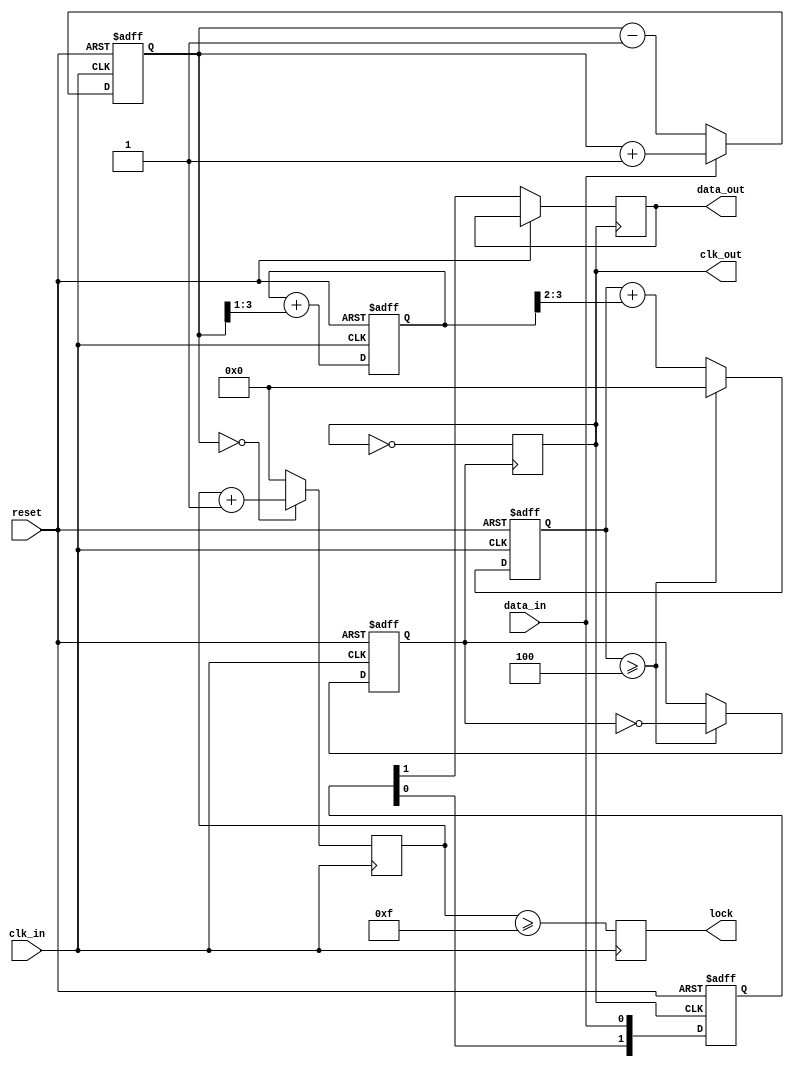
module pll_synchronizer (
    input wire clk_in,           // Incoming clock
    input wire data_in,          // Incoming data signal
    input wire reset,            // Asynchronous reset
    output reg clk_out,          // Synchronized clock output
    output reg data_out,         // Synchronized data output
    output reg lock              // Lock signal
);

// Parameters
parameter integer DIV_FACTOR = 4; // Clock divider factor
parameter integer NUM_STAGES = 2;  // Number of synchronizer stages

// Internal signals
reg [3:0] phase_error;            // Phase error signal
reg [3:0] control_signal;         // Control signal for VCO
reg vco_clk;                      // VCO output clock
reg [3:0] vco_freq;               // VCO frequency value
reg [3:0] lock_counter;           // Counter for lock detection
reg [NUM_STAGES-1:0] data_sync;   // Data synchronizer

// Phase Detector
always @(posedge clk_in or posedge reset) begin
    if (reset) begin
        phase_error <= 0;
    end else begin
        // Simple phase detector logic (e.g. pulse width measurement)
        phase_error <= data_in ? phase_error + 1 : phase_error - 1;
    end
end

// Loop Filter
always @(posedge clk_in or posedge reset) begin
    if (reset) begin
        control_signal <= 0;
    end else begin
        // Simple low-pass filter (1st order)
        control_signal <= control_signal + (phase_error >> 1); // filter parameter
    end
end

// Voltage-Controlled Oscillator (VCO)
always @(posedge clk_in or posedge reset) begin
    if (reset) begin
        vco_freq <= 4'b0001; // Initial frequency
        vco_clk <= 0;
    end else begin
        // Adjust VCO frequency based on control signal
        vco_freq <= vco_freq + (control_signal[3:0] >> 2); // tuning logic
        if (vco_freq >= DIV_FACTOR) begin
            vco_freq <= 0;
            vco_clk <= ~vco_clk; // Toggle VCO clock
        end
    end
end

// Clock Divider
always @(posedge vco_clk) begin
    clk_out <= ~clk_out; // Simple toggle mechanism
end

// Data Synchronization
always @(posedge clk_out or posedge reset) begin
    if (reset) begin
        data_sync <= 0;
    end else begin
        // Shift register for synchronization
        data_sync <= {data_sync[NUM_STAGES-2:0], data_in};
        data_out <= data_sync[NUM_STAGES-1]; // Output the last stage
    end
end

// Lock Detection
always @(posedge clk_in) begin
    if (phase_error == 0) begin
        lock_counter <= lock_counter + 1;
    end else begin
        lock_counter <= 0; // reset on phase error
    end
    lock <= (lock_counter >= 4'd15); // Threshold for lock (count value can be adjusted)
end

endmodule